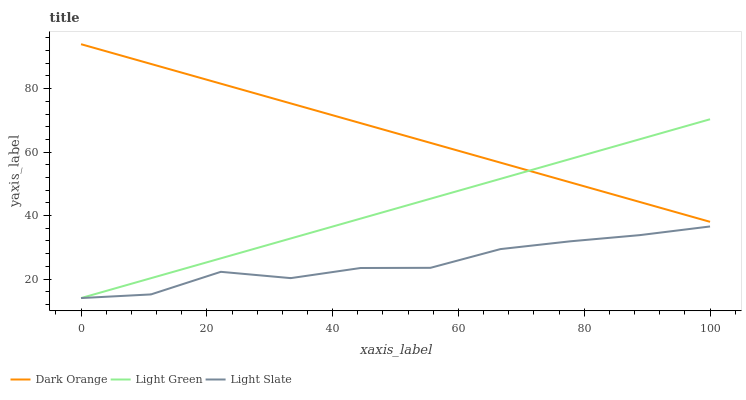
| xaxis_label | Dark Orange | Light Green | Light Slate |
 | --- | --- | --- | --- |
 | 0 | 94 | 14 | 14 |
 | 11.1 | 87.8 | 20.3 | 15.1 |
 | 22.2 | 81.6 | 26.5 | 22.3 |
 | 33.3 | 75.3 | 32.8 | 20.3 |
 | 44.4 | 69.1 | 39 | 23.5 |
 | 55.6 | 62.9 | 45.3 | 23.5 |
 | 66.7 | 56.7 | 51.6 | 29.4 |
 | 77.8 | 50.5 | 57.8 | 31.9 |
 | 88.9 | 44.2 | 64.1 | 33.8 |
 | 100 | 38 | 70.3 | 36.6 |